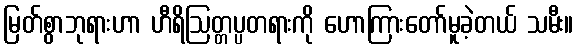
မြတ်စွာဘုရားဟာ ဟီရိဩတ္တပ္ပတရားကို ဟောကြားတော်မူခဲ့တယ် သမီး။